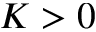
K > 0